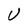
Character: U